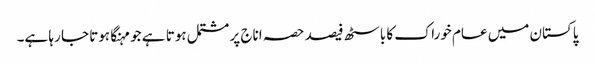
پاکستان میں عام خوراک کا باسٹھ فیصد حصہ اناج پر مشتمل ہوتا ہے جو مہنگا ہوتا جا رہا ہے۔